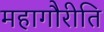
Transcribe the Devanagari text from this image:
महागौरीति